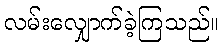
လမ်းလျှောက်ခဲ့ကြသည်။